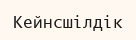
Кейнсшілдік